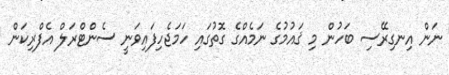
ނަން އިނގިރޭސި ބަހުން މި ޤައުމުގެ ނަމެއްގެ ގޮތުގައި ހަމަޖެހިފައިވަނީ ސެންޓްރަލް އެފްރިކަން